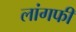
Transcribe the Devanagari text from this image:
लांगफी